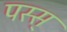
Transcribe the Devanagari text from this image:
पस्स्